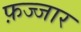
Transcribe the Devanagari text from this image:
फ़ज्जार